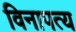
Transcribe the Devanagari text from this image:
विनापत्य